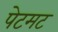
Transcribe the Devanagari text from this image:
पेटमट